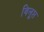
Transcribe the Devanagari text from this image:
विलूप्त